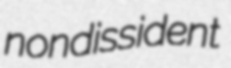
nondissident